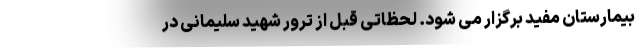
بیمارستان مفید برگزار می شود. لحظاتی قبل از ترور شهید سلیمانی در